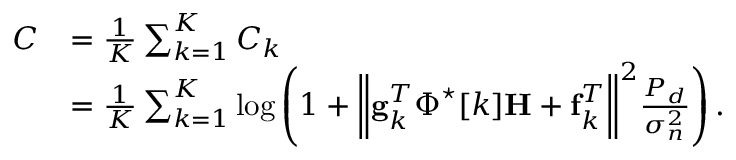
\begin{array} { r l } { C } & { = \frac { 1 } { K } \sum _ { k = 1 } ^ { K } C _ { k } } \\ & { = \frac { 1 } { K } \sum _ { k = 1 } ^ { K } \log \left( 1 + \biggl \| \mathbf { g } _ { k } ^ { T } \boldsymbol { \Phi } ^ { \star } [ k ] \mathbf { H } + \mathbf { f } _ { k } ^ { T } \biggr \| ^ { 2 } \frac { P _ { d } } { \sigma _ { n } ^ { 2 } } \right) . } \end{array}